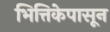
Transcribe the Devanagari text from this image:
भित्तिकेपासून